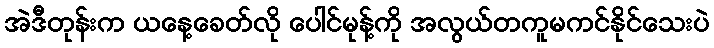
အဲဒီတုန်းက ယနေ့ခေတ်လို ပေါင်မုန့်ကို အလွယ်တကူမကင်နိုင်သေးပဲ